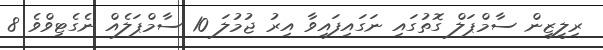
ރިލީޒިން ސާމްޕަލް ގޮތުގައި ނަގައިފައިވާ އިރު ޖުމުލަ 10 ސާމްޕަލެއް ނެގެޓިވްވެ 8